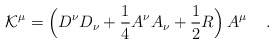
\begin{align*}{\cal K}^\mu = \Big( D^{\nu} D_{\nu} + \frac{1}{4} A^\nu A_\nu + \frac{1}{2} R\Big)\, A^\mu \quad \, .\end{align*}